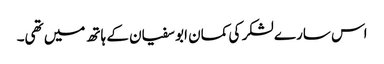
اس سارے لشکر کی کمان ابو سفیان کے ہاتھ میں تھی۔